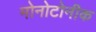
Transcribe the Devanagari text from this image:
मोनोटोनीक